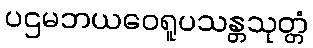
ပဌမဘယဝေရူပသန္တသုတ္တံ